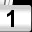
Digit: 1